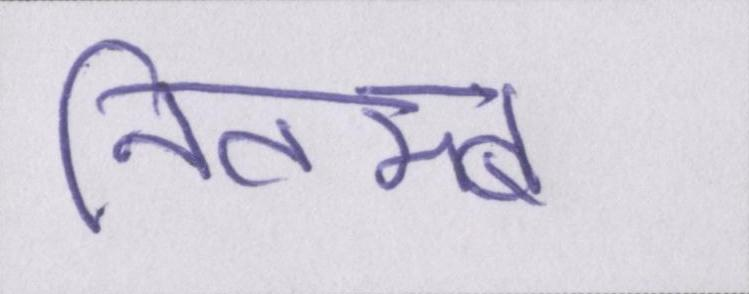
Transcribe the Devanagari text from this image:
नितम्ब